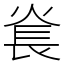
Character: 㷃